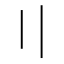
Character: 〢